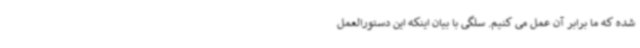
شده که ما برابر آن عمل می کنیم. سلگی با بیان اینکه این دستورالعمل